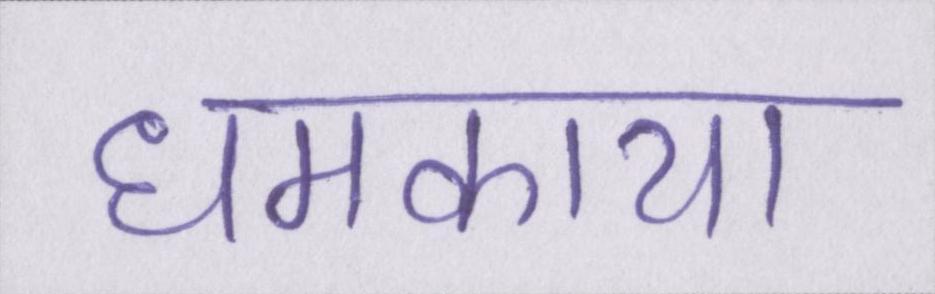
धमकाया